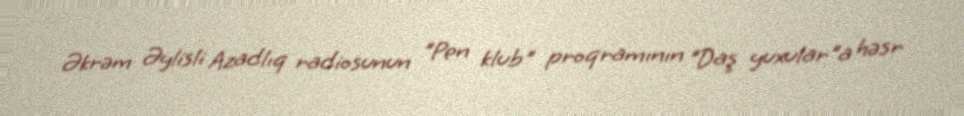
Əkrəm Əylisli Azadlıq radiosunun "Pen klub" proqramının "Daş yuxular"a həsr